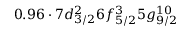
0 . 9 6 \cdot 7 d _ { 3 / 2 } ^ { 2 } 6 f _ { 5 / 2 } ^ { 3 } 5 g _ { 9 / 2 } ^ { 1 0 }